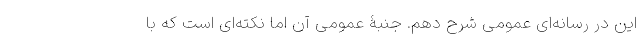
این در رسانه‌ای عمومی شرح دهم. جنبۀ عمومی آن اما نکته‌ای است که با